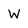
Character: W